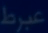
عبرط